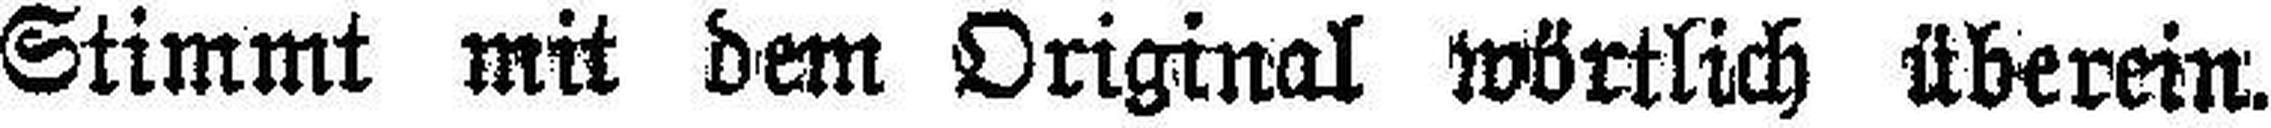
Stimmt mit dem Original wörtlich überein.